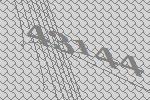
43144